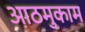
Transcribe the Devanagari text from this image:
आठमुकाम